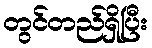
တွင်တည်ရှိပြီး